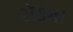
રૉકના